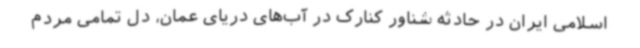
اسلامی ایران در حادثه شناور کنارک در آب‌های دریای عمان، دل تمامی مردم